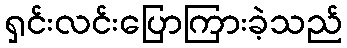
ရှင်းလင်းပြောကြားခဲ့သည်